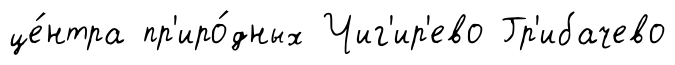
це́нтра пр'иро́дных Чиг'ир'ево Гр'ибачево